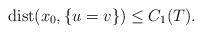
LaTeX: \begin{align*}\mbox{dist}(x_0,\{u=v\})\leq C_1(T).\end{align*}